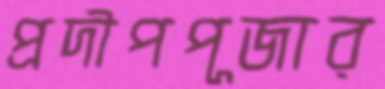
প্রদীপপূজার